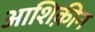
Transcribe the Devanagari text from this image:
आशिक़ीन